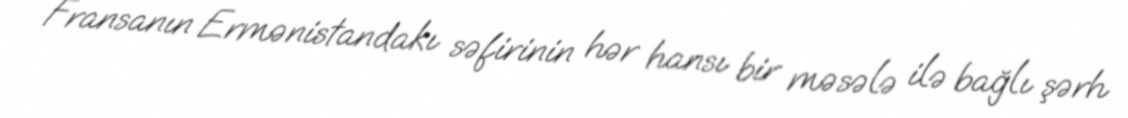
Fransanın Ermənistandakı səfirinin hər hansı bir məsələ ilə bağlı şərh